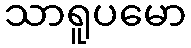
သာရူပမော